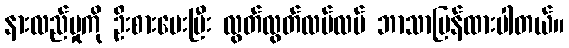
နားလည်မှုကို ဦးစားပေးပြီး လွတ်လွတ်လပ်လပ် ဘာသာပြန်ထားပါတယ်။